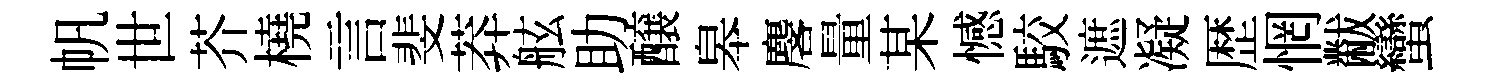
帆世芥橈言斐莽舷助醸皋麐量某憾駮遮凝歴惘黻蠻